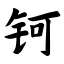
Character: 钶